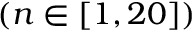
( n \in [ 1 , 2 0 ] )